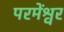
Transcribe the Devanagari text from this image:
परमेंश्वर